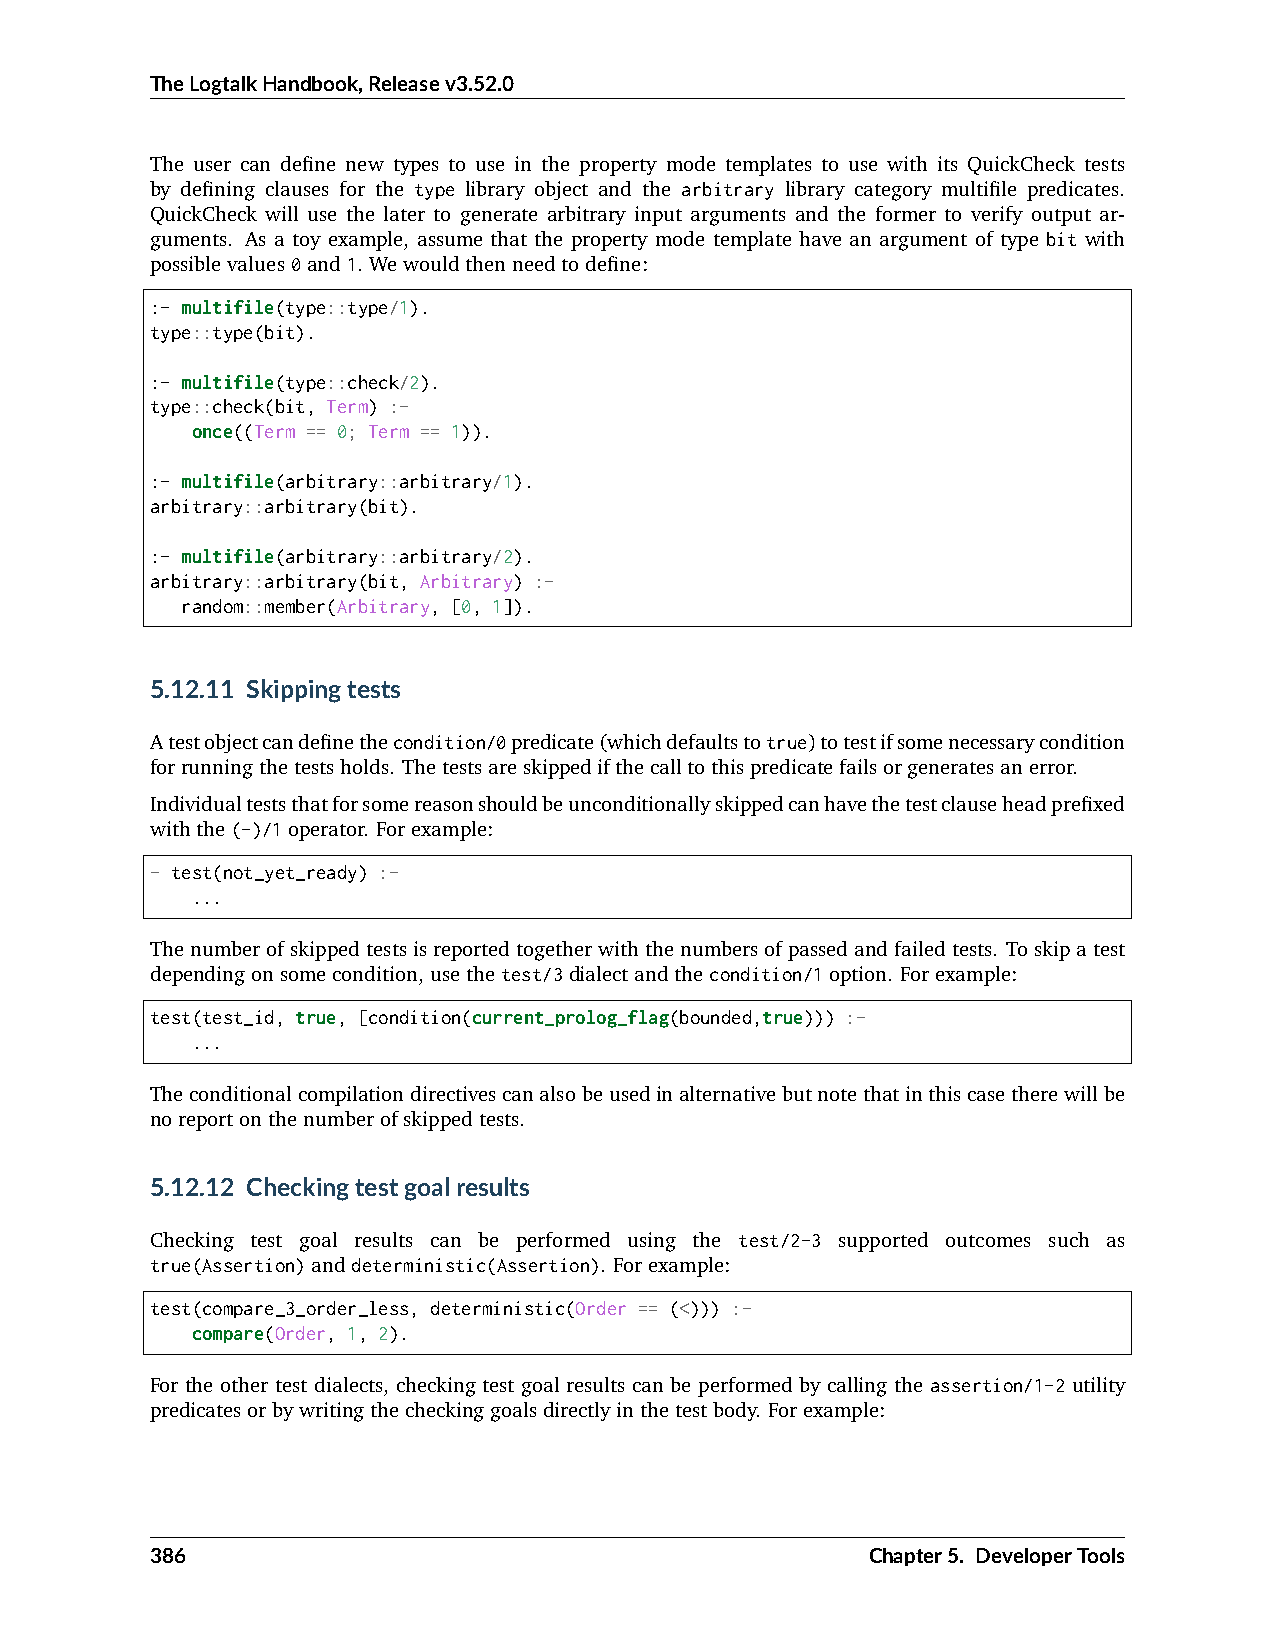
TheLogtalkHandbook,Releasev3.52.0
 The user can define new types to use in the property mode templates to use with its QuickCheck tests
 by defining clauses for the type library object and the arbitrary library category multifile predicates.
 QuickCheck will use the later to generate arbitrary input arguments and the former to verify output ar-
 guments. As a toy example, assume that the property mode template have an argument of type bit with
 possiblevalues0and1. Wewouldthenneedtodefine:
 :- multifile(type::type/1).
 type::type(bit).
 :- multifile(type::check/2).
 type::check(bit, Term) :-
 once((Term == 0; Term == 1)).
 :- multifile(arbitrary::arbitrary/1).
 arbitrary::arbitrary(bit).
 :- multifile(arbitrary::arbitrary/2).
 arbitrary::arbitrary(bit, Arbitrary) :-
 random::member(Arbitrary, [0, 1]).
 5.12.11 Skippingtests
 Atestobjectcandefinethecondition/0predicate(whichdefaultstotrue)totestifsomenecessarycondition
 forrunningthetestsholds. Thetestsareskippedifthecalltothispredicatefailsorgeneratesanerror.
 Individualteststhatforsomereasonshouldbeunconditionallyskippedcanhavethetestclauseheadprefixed
 withthe(-)/1operator. Forexample:
 - test(not_yet_ready) :-
 ...
 Thenumberofskippedtestsisreportedtogetherwiththenumbersofpassedandfailedtests. Toskipatest
 dependingonsomecondition,usethetest/3dialectandthecondition/1option. Forexample:
 test(test_id, true, [condition(current_prolog_flag(bounded,true))) :-
 ...
 Theconditionalcompilationdirectivescanalsobeusedinalternativebutnotethatinthiscasetherewillbe
 noreportonthenumberofskippedtests.
 5.12.12 Checkingtestgoalresults
 Checking test goal results can be performed using the test/2-3 supported outcomes such as
 true(Assertion)anddeterministic(Assertion). Forexample:
 test(compare_3_order_less, deterministic(Order == (<))) :-
 compare(Order, 1, 2).
 For the other test dialects, checking test goal results can be performed by calling the assertion/1-2 utility
 predicatesorbywritingthecheckinggoalsdirectlyinthetestbody. Forexample:
 386                                             Chapter5. DeveloperTools